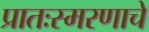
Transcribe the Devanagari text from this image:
प्रातःस्मरणाचे